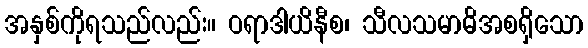
အနှစ်ကိုရသည်လည်း။ ဝရာဒါယိနီစ၊ သီလသမာဓိအစရှိသော